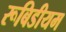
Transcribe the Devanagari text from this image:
रूबिडीयम